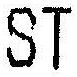
ST